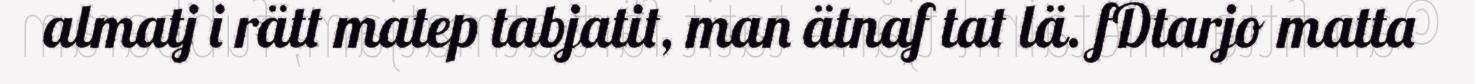
almatj i rätt matep tabjatit, man ätnaf tat lä. fDtarjo matta